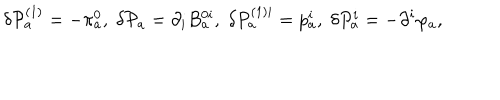
\delta \mathcal { P } _ { a } ^ { ( 1 ) } = - \pi _ { a } ^ { 0 } , \; \delta \mathcal { P } _ { a } = \partial _ { i } B _ { a } ^ { 0 i } , \; \delta P _ { a } ^ { ( 1 ) i } = p _ { a } ^ { i } , \; \delta P _ { a } ^ { i } = - \partial ^ { i } \varphi _ { a } ,